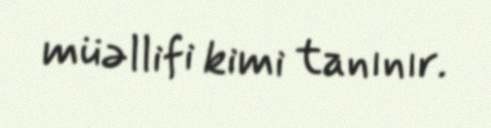
müəllifi kimi tanınır.